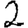
Digit: 2